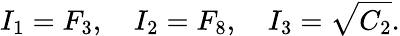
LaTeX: I_{1}=F_{3},\quad I_{2}=F_{8},\quad I_{3}=\sqrt{C_{2}}.